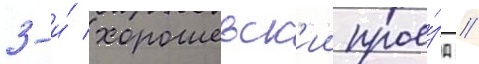
3-и́ хорошевск'ии прое́зд //